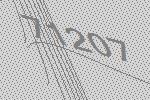
71207